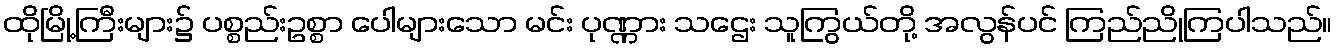
ထိုမြို့ကြီးများ၌ ပစ္စည်းဥစ္စာ ပေါများသော မင်း ပုဏ္ဏား သဌေး သူကြွယ်တို့ အလွန်ပင် ကြည်ညိုကြပါသည်။